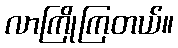
လာကြိုကြတယ်။